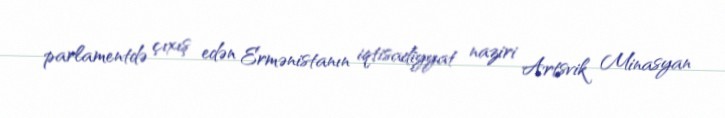
parlamentdə çıxış edən Ermənistanın iqtisadiyyat naziri Artsvik Minasyan